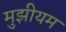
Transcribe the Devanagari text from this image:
मुझीयम